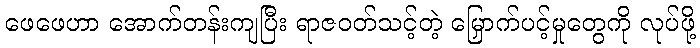
ဖေဖေဟာ အောက်တန်းကျပြီး ရာဇဝတ်သင့်တဲ့ မြှောက်ပင့်မှုတွေကို လုပ်ဖို့